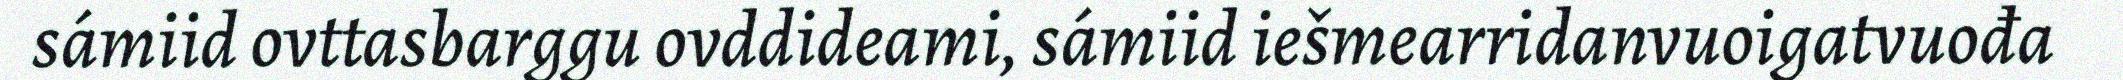
sámiid ovttasbarggu ovddideami, sámiid iešmearridanvuoigatvuođa